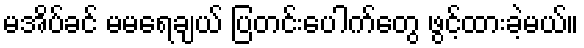
မအိပ်ခင် မမရေချယ် ပြတင်းပေါက်တွေ ဖွင့်ထားခဲ့မယ်။